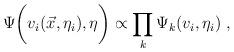
LaTeX: \begin{align*}\Psi \biggl(v_i(\vec{x},\eta_i),\eta\biggr) \propto \prod_k\Psi_k(v_i,\eta_i)~,\end{align*}